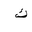
Letter: _kaf